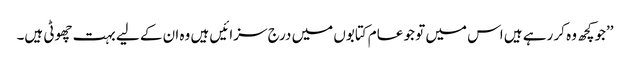
’’جوکچھ وہ کر رہے ہیں اس میں تو جو عام کتابوں میں درج سزائیں ہیں وہ ان کے لیے بہت چھوٹی ہیں۔